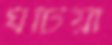
ঘটিয়া